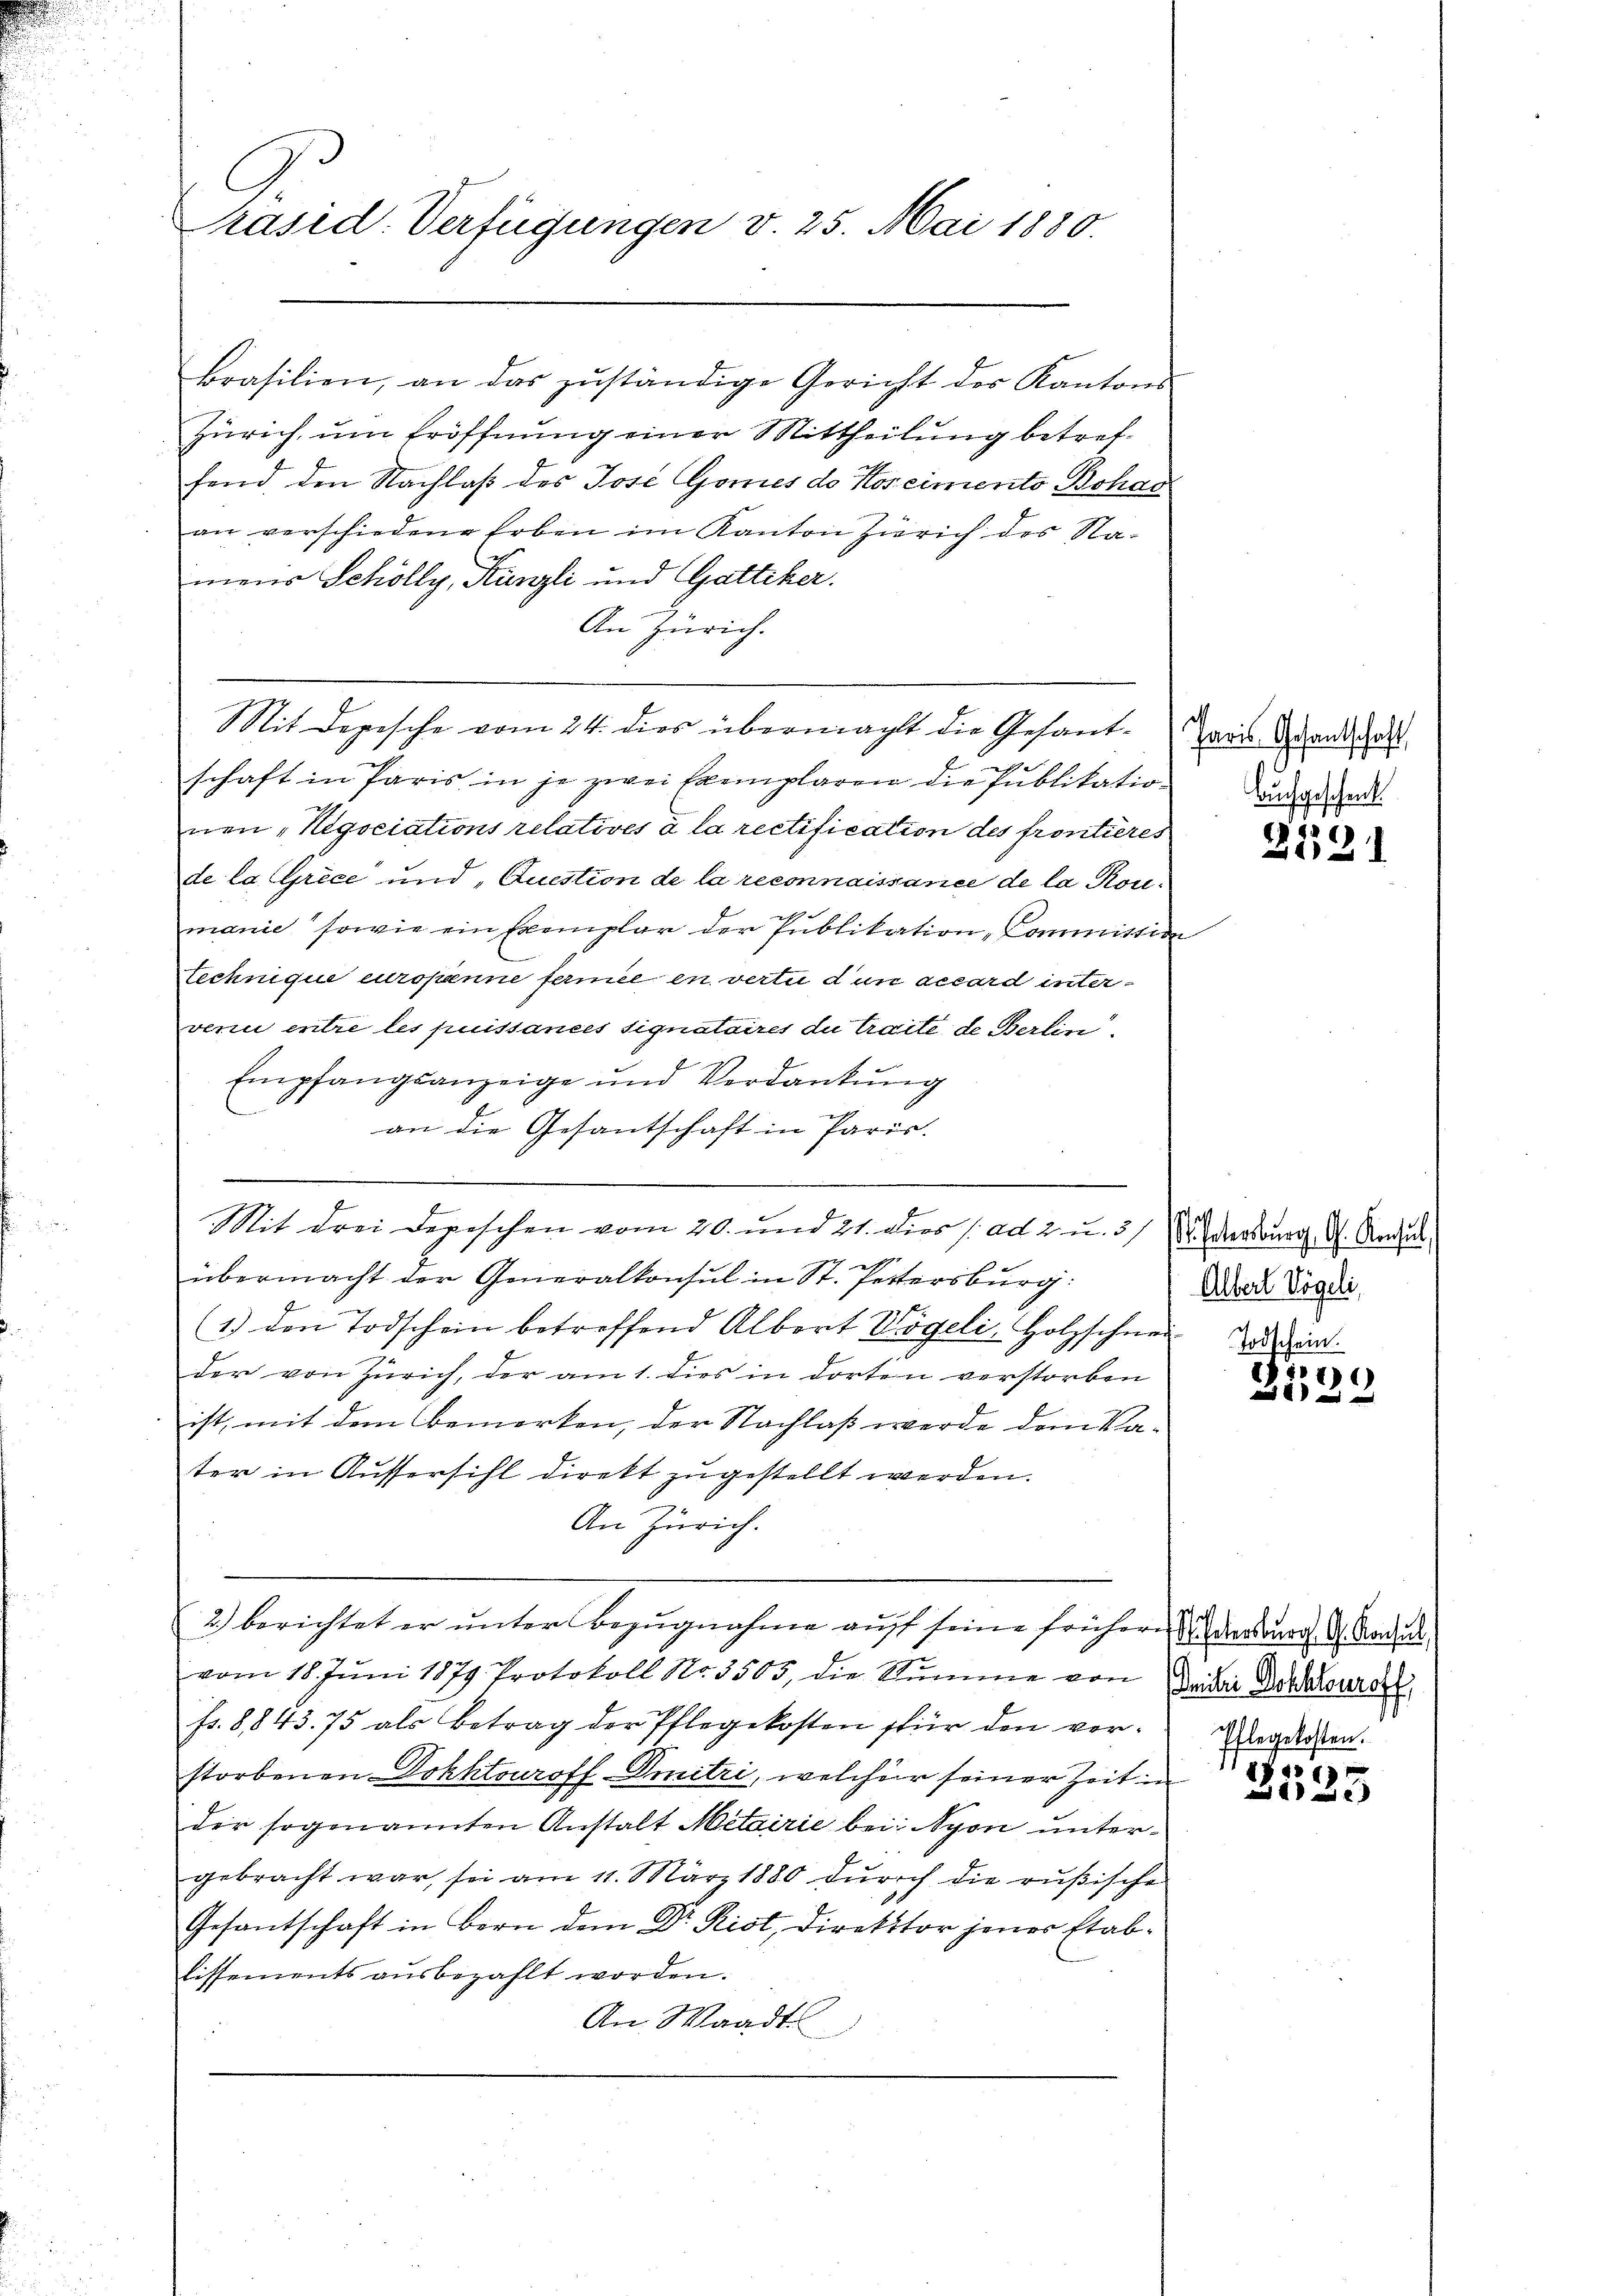
Präsid. Verfügungen v. 25. Mai 1880.

Zürich, um Eröffnung einer Mittheilung betreffend den Nachlaß des Jose Gomes de Koscimento Bohag
an verschiedene Erben im Kanton Zürich des Nameur Schölly, Kanzli und Gattiker.
An Zürich.
Mit Depesche vom 24. dies übermacht die Gesande
schaft in Paris in je zwei Exemplaren die Publikation
nen „Negociations relatives à la rectification des frontieres
de la Grice und Question de la reconnaissance de la Pormanie sowie ein Exemplar der Publikation Commission
Lechnique europenne fermee en vertu d’un accord intervenu entre les puissances signataires du traite de Berlin
Empfangsanzeige und Verdankŭng
an die Gesantschaft in Paris.
e
e
Mit drei Depeschen vom 20. und 21. dies ad 2 u. 5 u. dersburg d. Reducs
übermacht der Generalkonsul in St. Pettersburg:
(1.) den Todschein betroffend Albert Vögeli, Holzschnei
der von Zürich, der am 1. dies in dorten verstorben
ist, mit dem bemerken, der Nachlaß werde dem Vater in Aussersihl direkt zugestellt werden.
An Zürich.
2.) berichtet er unter Bezugnahme auf seine frühern darburg d. Kau
vom 18. Jŭni 1879. Protokoll No 3505, die Summe von Detair Donateurer
f. 8,843. 75 als Betrag der Pflegekosten für den vor. legarden.
storbenen Dokhtouroff Dmitri, welcher seiner Zeit in
der sogenannten Anstalt Metairie bei: Nyon untergebracht war, sei am 11. März 1880 durch die rußische
Gesantschaft in Bern dem Dr. Rist, Direktor jener Etablissements ausbezahlt worden.
An Waadt

krasilien, an das zuständige Gericht der Kantons

Jaris Gesantschaft
u
Buchgeschenk

426)
1

Albert Vögeli,
Todschein.

I.
7)
 x

)